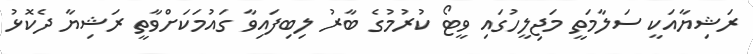
ރަޝިޔާއަކީ ސަލާމަތީ މަޖިލީހުގައި ވީޓޯ ކުރުމުގެ ބާރު ލިބިފައިވާ ގައުމަކަށްވާތީ ރަޝިޔާ ދެކޮޅު